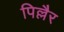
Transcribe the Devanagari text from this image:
पिल्लैर